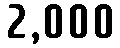
2,000